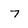
Character: 7